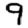
Digit: 9